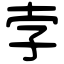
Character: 孛